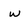
Character: w